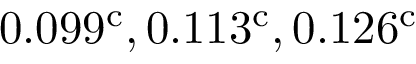
0 . 0 9 9 ^ { \mathrm { c } } , 0 . 1 1 3 ^ { \mathrm { c } } , 0 . 1 2 6 ^ { \mathrm { c } }